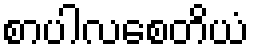
စာပါလစေတိယံ